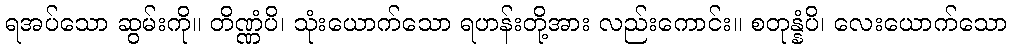
ရအပ်သော ဆွမ်းကို။ တိဏ္ဏံပိ၊ သုံးယောက်သော ရဟန်းတို့အား လည်းကောင်း။ စတုန္နံပိ၊ လေးယောက်သော